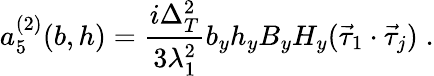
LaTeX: a_{5}^{(2)}(b,h)=\frac{i\Delta_{T}^{2}}{3\lambda_{1}^{2}}b_{y}h_{y}B_{y}H_{y}(\vec{\tau}_{1}\cdot\vec{\tau}_{j})\; .